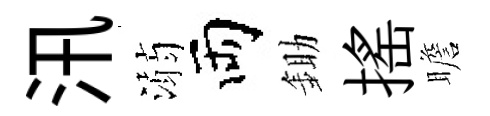
汛溺両鋤揺瞻